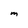
Character: m